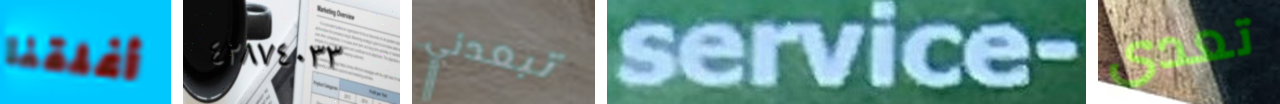
أغلقنا ٤٢٨٧٤٠٣٣ تبعدني service- تعدى